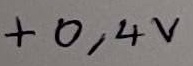
Text: +0,4V